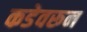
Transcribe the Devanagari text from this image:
कडेवरून